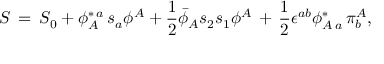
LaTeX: S \, = \, S _ { 0 } + \phi _ { A } ^ { \ast \, a } \, s _ { a } \phi ^ { A } + { \frac { 1 } { 2 } } { \bar { \phi } } _ { A } s _ { 2 } s _ { 1 } \phi ^ { A } \, + \, { \frac { 1 } { 2 } } \epsilon ^ { a b } \phi _ { A \, a } ^ { \ast } \, \pi _ { b } ^ { A } ,